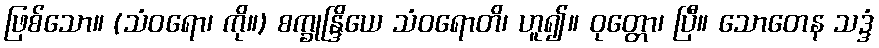
ဖြစ်သော။ (သံဝရော၊ ကို။) စက္ခုန္ဒြိယေ သံဝရောတိ၊ ဟူ၍။ ဝုတ္တော၊ ပြီ။ သောတေန သဒ္ဒံ